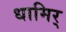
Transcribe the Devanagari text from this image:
धामिर्